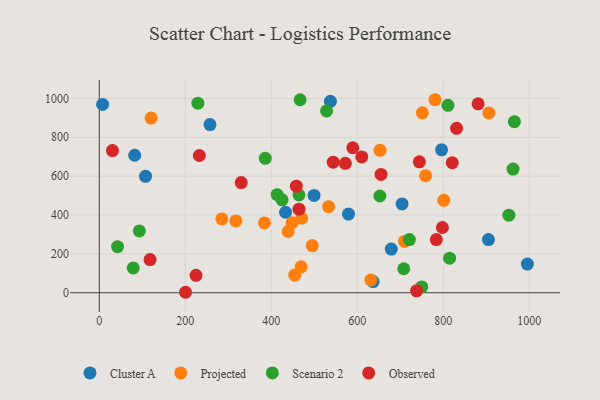
{"axis": {"x": "Price", "y": "Rating"}, "legend": ["Cluster A", "Observed", "Projected", "Scenario 2"], "data": [{"x": "433.0", "y": 414.1, "type": "Cluster A"}, {"x": "678.9", "y": 224.4, "type": "Cluster A"}, {"x": "537.4", "y": 984.9, "type": "Cluster A"}, {"x": "7.7", "y": 968.9, "type": "Cluster A"}, {"x": "257.4", "y": 865.2, "type": "Cluster A"}, {"x": "579.5", "y": 404.9, "type": "Cluster A"}, {"x": "499.3", "y": 500.5, "type": "Cluster A"}, {"x": "904.8", "y": 273.3, "type": "Cluster A"}, {"x": "107.5", "y": 599.0, "type": "Cluster A"}, {"x": "795.9", "y": 735.4, "type": "Cluster A"}, {"x": "995.4", "y": 147.3, "type": "Cluster A"}, {"x": "636.7", "y": 57.3, "type": "Cluster A"}, {"x": "82.3", "y": 707.3, "type": "Cluster A"}, {"x": "704.0", "y": 457.0, "type": "Cluster A"}, {"x": "454.5", "y": 91.0, "type": "Projected"}, {"x": "801.0", "y": 475.3, "type": "Projected"}, {"x": "448.2", "y": 360.1, "type": "Projected"}, {"x": "631.2", "y": 65.4, "type": "Projected"}, {"x": "751.1", "y": 925.6, "type": "Projected"}, {"x": "384.0", "y": 358.9, "type": "Projected"}, {"x": "709.7", "y": 263.8, "type": "Projected"}, {"x": "758.7", "y": 601.9, "type": "Projected"}, {"x": "905.9", "y": 924.7, "type": "Projected"}, {"x": "533.2", "y": 442.4, "type": "Projected"}, {"x": "317.5", "y": 369.7, "type": "Projected"}, {"x": "284.8", "y": 379.7, "type": "Projected"}, {"x": "470.6", "y": 383.1, "type": "Projected"}, {"x": "439.1", "y": 315.0, "type": "Projected"}, {"x": "780.4", "y": 993.1, "type": "Projected"}, {"x": "652.7", "y": 733.3, "type": "Projected"}, {"x": "469.3", "y": 133.3, "type": "Projected"}, {"x": "495.1", "y": 242.6, "type": "Projected"}, {"x": "120.5", "y": 898.9, "type": "Projected"}, {"x": "464.2", "y": 503.0, "type": "Scenario 2"}, {"x": "749.8", "y": 29.6, "type": "Scenario 2"}, {"x": "814.6", "y": 177.8, "type": "Scenario 2"}, {"x": "965.2", "y": 880.2, "type": "Scenario 2"}, {"x": "467.0", "y": 992.9, "type": "Scenario 2"}, {"x": "962.1", "y": 636.2, "type": "Scenario 2"}, {"x": "385.9", "y": 691.7, "type": "Scenario 2"}, {"x": "413.6", "y": 504.6, "type": "Scenario 2"}, {"x": "652.4", "y": 497.7, "type": "Scenario 2"}, {"x": "528.4", "y": 935.6, "type": "Scenario 2"}, {"x": "708.0", "y": 123.4, "type": "Scenario 2"}, {"x": "810.8", "y": 964.1, "type": "Scenario 2"}, {"x": "952.4", "y": 398.8, "type": "Scenario 2"}, {"x": "229.2", "y": 975.3, "type": "Scenario 2"}, {"x": "424.9", "y": 478.2, "type": "Scenario 2"}, {"x": "721.0", "y": 273.3, "type": "Scenario 2"}, {"x": "93.1", "y": 317.9, "type": "Scenario 2"}, {"x": "42.4", "y": 236.9, "type": "Scenario 2"}, {"x": "78.9", "y": 127.8, "type": "Scenario 2"}, {"x": "744.2", "y": 673.7, "type": "Observed"}, {"x": "589.5", "y": 746.1, "type": "Observed"}, {"x": "458.2", "y": 548.5, "type": "Observed"}, {"x": "330.0", "y": 566.9, "type": "Observed"}, {"x": "655.1", "y": 608.8, "type": "Observed"}, {"x": "797.8", "y": 335.5, "type": "Observed"}, {"x": "783.7", "y": 273.7, "type": "Observed"}, {"x": "118.1", "y": 170.4, "type": "Observed"}, {"x": "572.1", "y": 665.9, "type": "Observed"}, {"x": "30.6", "y": 731.3, "type": "Observed"}, {"x": "232.6", "y": 706.2, "type": "Observed"}, {"x": "830.7", "y": 845.7, "type": "Observed"}, {"x": "464.3", "y": 430.1, "type": "Observed"}, {"x": "543.9", "y": 671.5, "type": "Observed"}, {"x": "880.8", "y": 972.1, "type": "Observed"}, {"x": "200.5", "y": 2.3, "type": "Observed"}, {"x": "224.9", "y": 89.5, "type": "Observed"}, {"x": "820.8", "y": 668.8, "type": "Observed"}, {"x": "737.7", "y": 9.7, "type": "Observed"}, {"x": "610.3", "y": 699.0, "type": "Observed"}]}